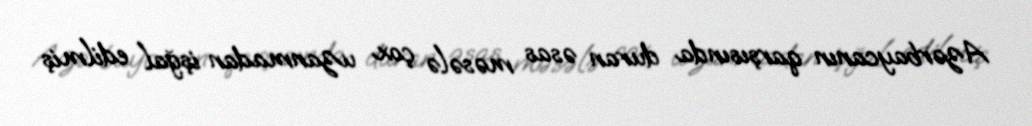
Azərbaycanın qarşısında duran əsas məsələ çox uzanmadan işğal edilmiş